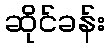
ဆိုင်ခန်း